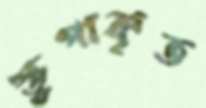
স্তূপাকৃত